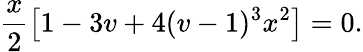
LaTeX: \frac{x}{2}\left[1-3v+4(v-1)^{3}x^{2}\right]=0.